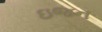
ઇજન